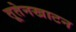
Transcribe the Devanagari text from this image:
तूतेनखाटन